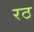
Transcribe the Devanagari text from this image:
रठ